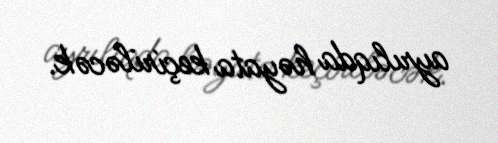
ayrılıqda həyata keçiriləcək.